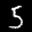
Digit: 5